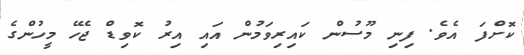
ކޮށްފަ އެވެ. ފިނި މޫސުން ކައިރިވަމުން އައި އިރު ކޮވިޑް ޖެހޭ މީހުންގެ